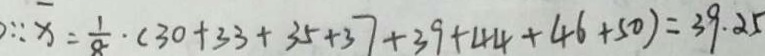
\because x = \frac { 1 } { 8 } \cdot ( 3 0 + 3 3 + 3 5 + 3 7 + 3 9 + 4 4 + 4 6 + 5 0 ) = 3 9 . 2 5